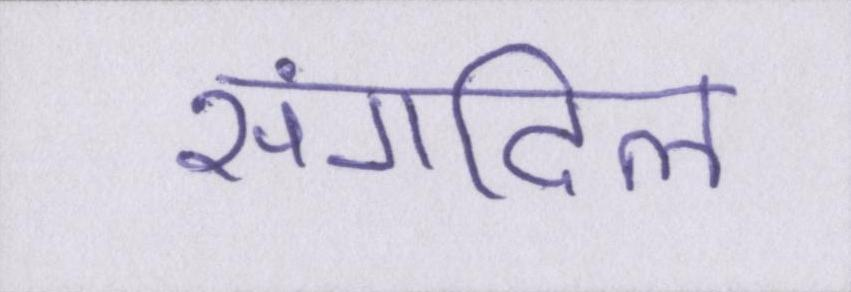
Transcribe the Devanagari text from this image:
संगदिल